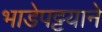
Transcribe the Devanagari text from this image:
भाडेपट्टयाने